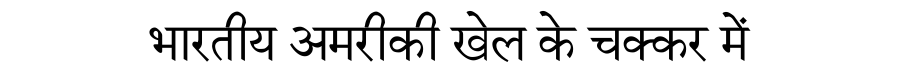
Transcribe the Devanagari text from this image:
भारतीय अमरीकी खेल के चक्कर में